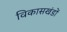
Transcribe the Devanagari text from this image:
विकासखंडों